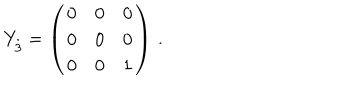
Y _ { \stackrel { . \! . \! . } { 3 } } = \left( \begin{array} { c c c } { { 0 } } & { { 0 } } & { { 0 } } \\ { { 0 } } & { { 0 } } & { { 0 } } \\ { { 0 } } & { { 0 } } & { { 1 } } \\ \end{array} \right) \, .